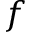
f